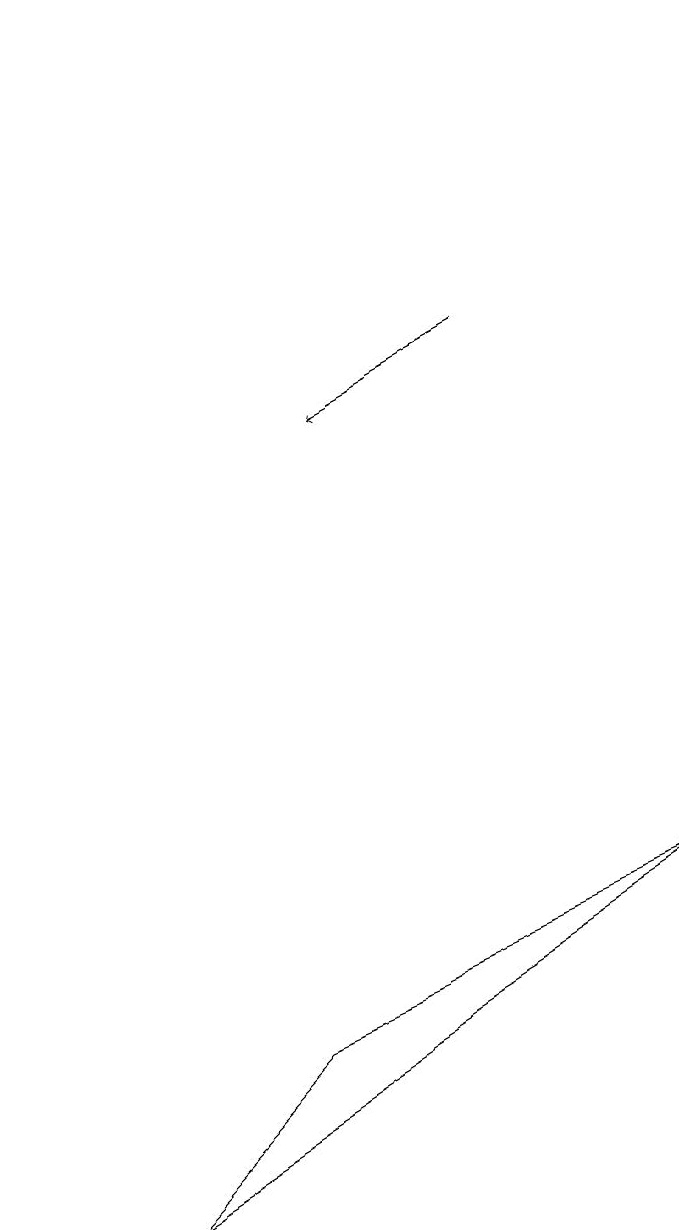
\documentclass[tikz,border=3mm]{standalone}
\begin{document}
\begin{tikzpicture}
\draw[->] (6,14) -- (4,13);
\draw[->] (0,18) -- (0,14);
\draw (3,5) -- (8,7) -- (1,3) -- cycle;
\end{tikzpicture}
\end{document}